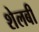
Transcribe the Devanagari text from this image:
शेलबी